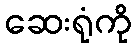
ဆေးရုံကို